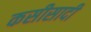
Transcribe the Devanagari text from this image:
कसीसादी